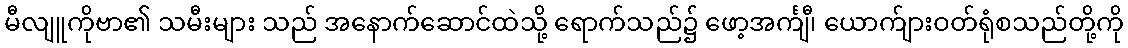
မီလျူကိုဗာ၏ သမီးများ သည် အနောက်ဆောင်ထဲသို့ ရောက်သည်၌ ဖော့အင်္ကျီ၊ ယောက်ျားဝတ်ရုံစသည်တို့ကို